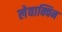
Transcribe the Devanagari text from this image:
लेवाक्विन